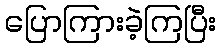
ပြောကြားခဲ့ကြပြီး